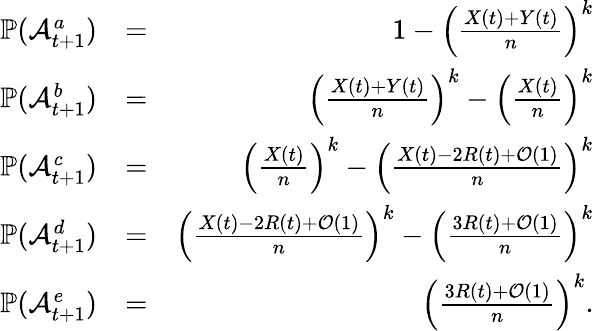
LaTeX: \begin{array}{rlr}{\mathbb{P}(\mathcal{A}_{t+1}^{a})}&{=}&{1-\left(\frac{X(t)+Y(t)}{n}\right)^{k}}\\ {\mathbb{P}(\mathcal{A}_{t+1}^{b})}&{=}&{\left(\frac{X(t)+Y(t)}{n}\right)^{k}-\left(\frac{X(t)}{n}\right)^{k}}\\ {\mathbb{P}(\mathcal{A}_{t+1}^{c})}&{=}&{\left(\frac{X(t)}{n}\right)^{k}-\left(\frac{X(t)-2R(t)+\mathcal{O}(1)}{n}\right)^{k}}\\ {\mathbb{P}(\mathcal{A}_{t+1}^{d})}&{=}&{\left(\frac{X(t)-2R(t)+\mathcal{O}(1)}{n}\right)^{k}-\left(\frac{3R(t)+\mathcal{O}(1)}{n}\right)^{k}}\\ {\mathbb{P}(\mathcal{A}_{t+1}^{e})}&{=}&{\left(\frac{3R(t)+\mathcal{O}(1)}{n}\right)^{k}.}\end{array}